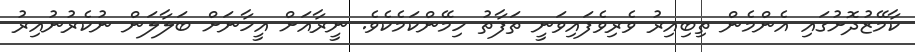
ކާމޭޒުދޮށުގައި އެންމެން ތިބިއިރު ވެރިވެފައިވަނީ ތަފާތު ހިމޭންކަމެކެވެ. ނީރާއަށް އީހާނަށް ބަލާލަން ނުކެރުނުއިރު